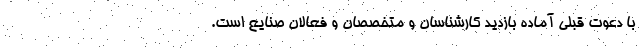
با دعوت قبلی آماده بازدید کارشناسان و متخصصان و فعالان صنایع است.